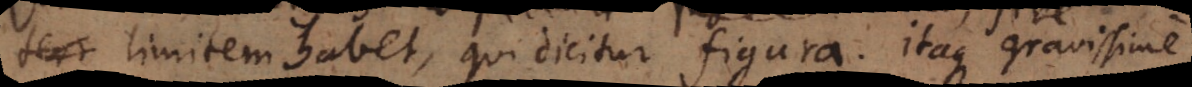
term limitem habet qui facit figuram. Itaque gravissime